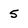
Character: 5